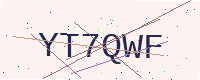
Text: YT7QWF